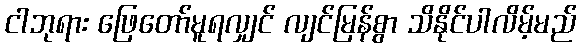
ငါဘုရား ဖြေတော်မူရလျှင် လျင်မြန်စွာ သိနိုင်ပါလိမ့်မည်